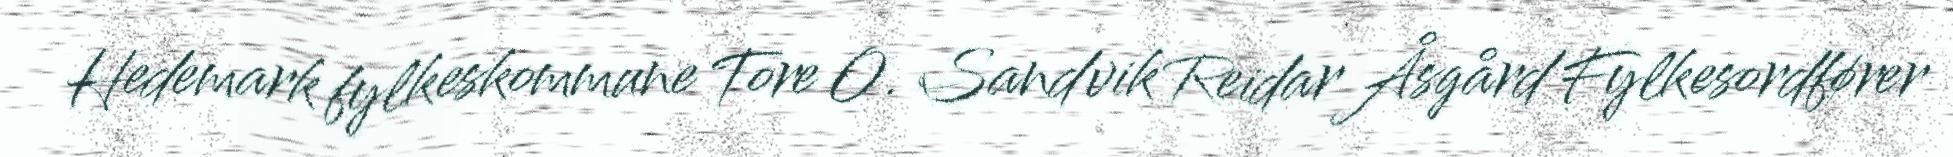
Hedemark fylkeskommune Tore O. Sandvik Reidar Åsgård Fylkesordfører